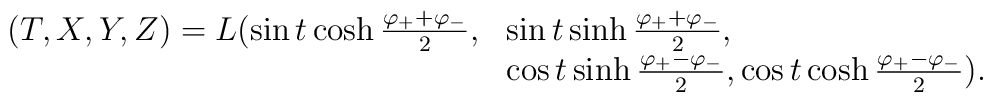
\begin{array}{ll}(T,X,Y,Z)=L(\sin t\cosh\frac{\varphi_{+}+\varphi_{-}}{2},&\sin t\sinh\frac{\varphi_{+}+\varphi_{-}}{2}, \\ &\cos t\sinh\frac{\varphi_{+}-\varphi_{-}}{2},\cos t\cosh\frac{\varphi_{+}-\varphi_{-}}{2}). \end{array}